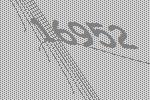
16952